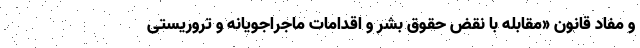
و مفاد قانون «مقابله با نقض حقوق بشر و اقدامات ماجراجویانه و تروریستی